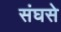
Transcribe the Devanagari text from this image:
संघसे